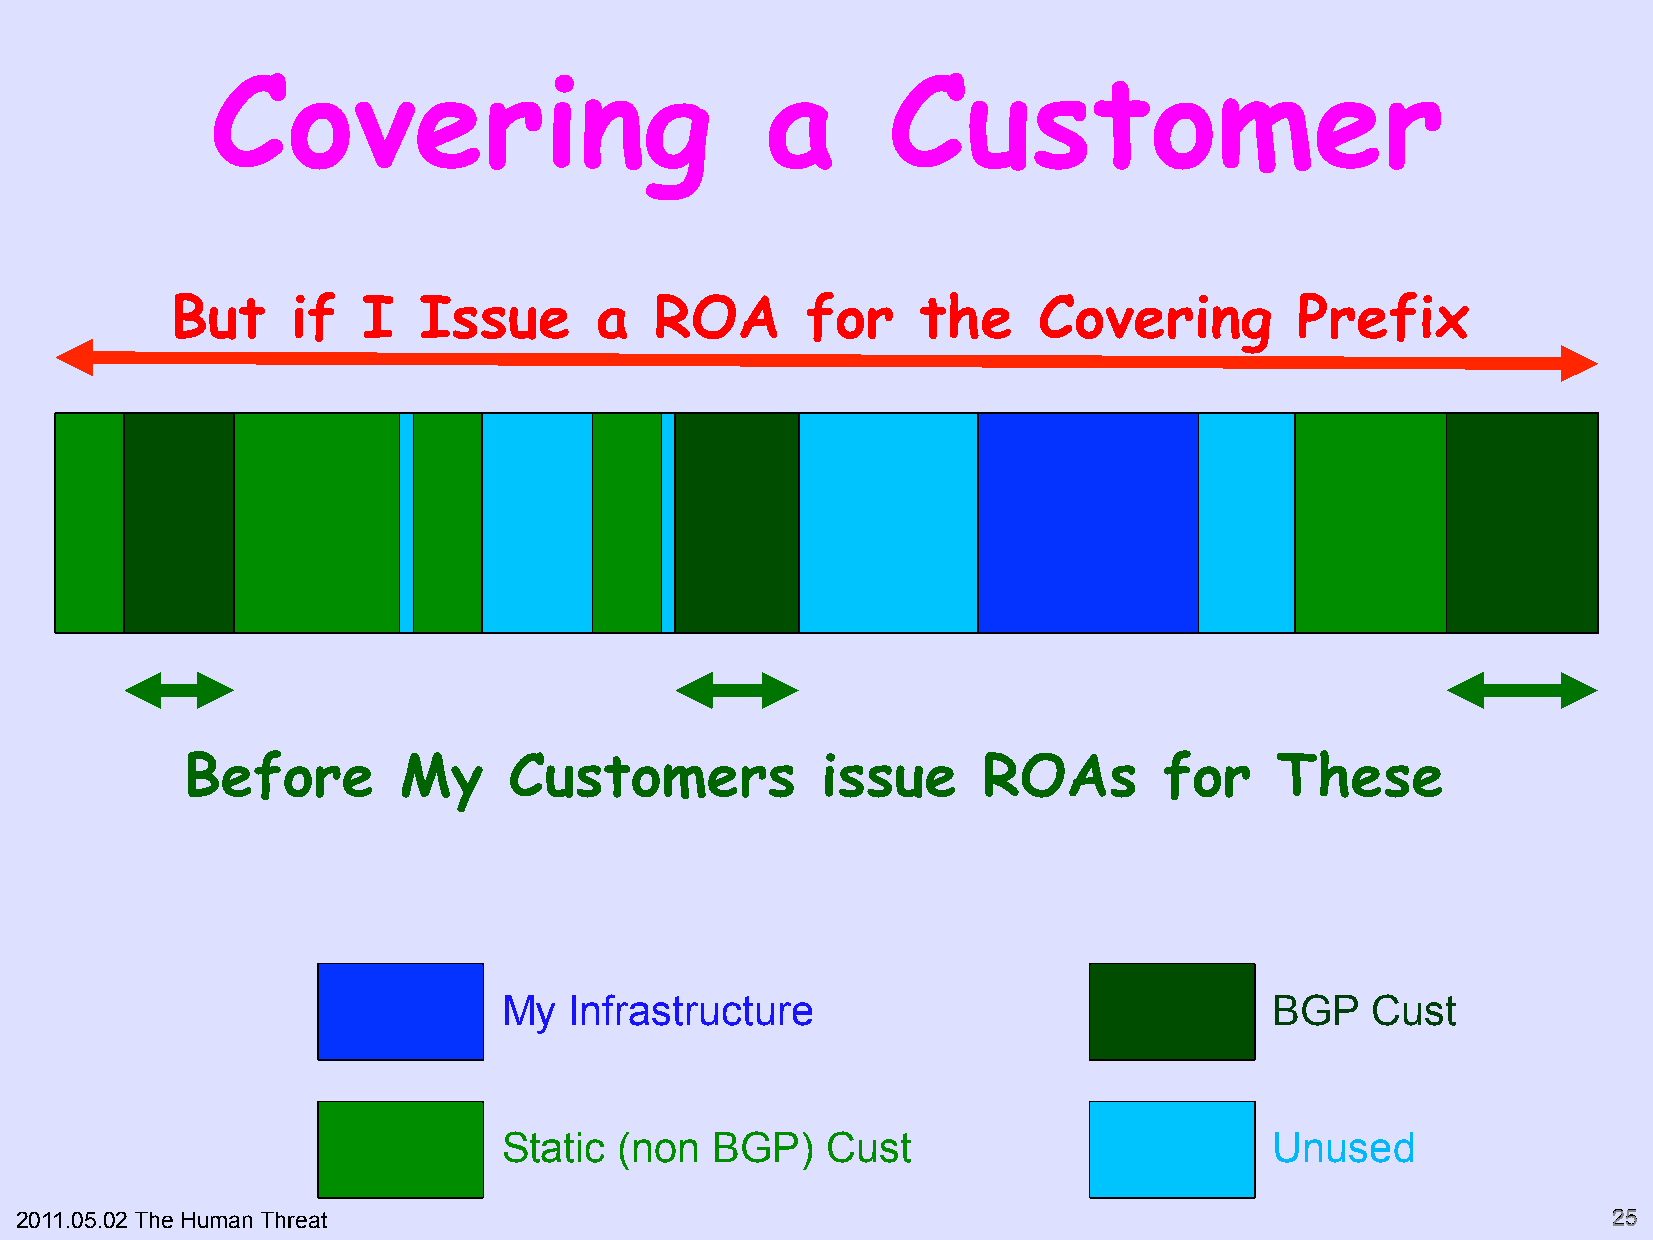
Covering                             a       Customer
 But     if   I   Issue      a   ROA       for     the     Covering         Prefix
 Before        My      Customers           issue      ROAs        for    These
 My   Infrastructure                                BGP    Cust
 Static  (non  BGP)    Cust                         Unused
 2011.05.02 The Human Threat                                                                               2255"